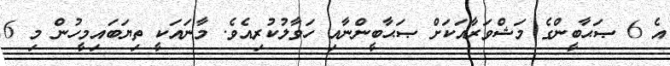
އެ 6 ޞަޙާބީންގެ މަޝްވަރާއަކަށް ޞަޙާބީންނާއި ހަވާލުކުރިއެވެ. މާނައަކީ ތިޔަބައިމީހުން މި 6